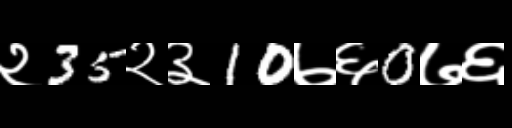
Text: २35२३10७६0७६